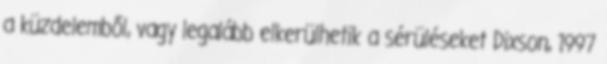
a küzdelemből, vagy legalább elkerülhetik a sérüléseket Dixson, 1997